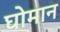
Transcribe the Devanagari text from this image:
घोमान